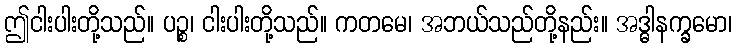
ဤငါးပါးတို့သည်။ ပဉ္စ၊ ငါးပါးတို့သည်။ ကတမေ၊ အဘယ်သည်တို့နည်း။ အဒ္ဓါနက္ခမော၊